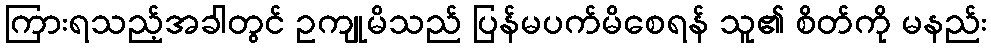
ကြားရသည့်အခါတွင် ဥကျုမိသည် ပြန်မပက်မိစေရန် သူ၏ စိတ်ကို မနည်း